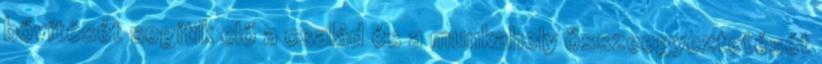
bővítését segítik elő a család és a munkahely összeegyeztetését